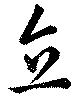
立